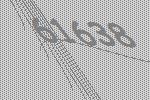
61638